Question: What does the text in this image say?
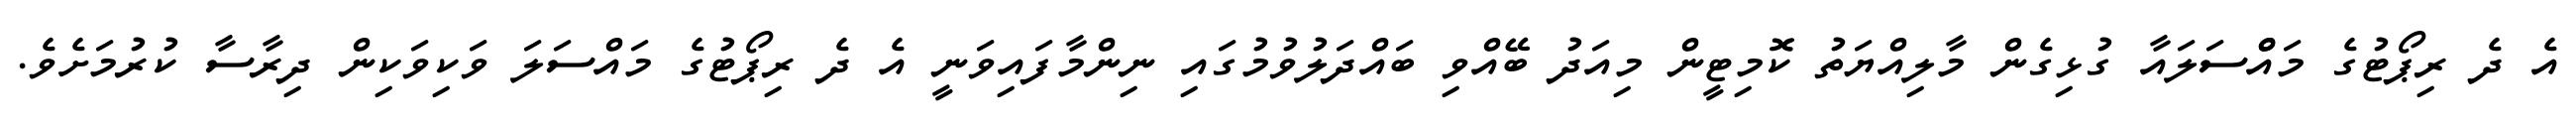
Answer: އެ ދެ ރިޕޯޓުގެ މައްްސަލައާ ގުޅިގެން މާލިއްޔަތު ކޮމިޓީން މިއަދު ބޭއްވި ބައްދަލުވުމުގައި ނިންމާފައިވަނީ އެ ދެ ރިޕޯޓުގެ މައްސަލަ ވަކިވަކިން ދިރާސާ ކުރުމަށެވެ.